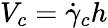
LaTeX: V_{c}=\dot{\gamma}_{c}h